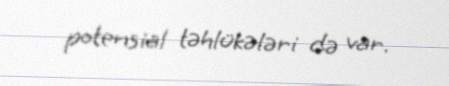
potensial təhlükələri də var.